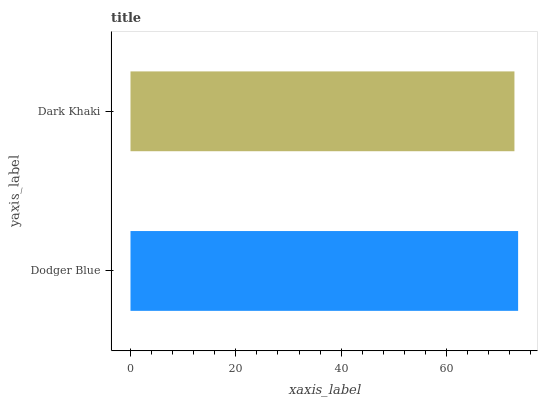
| yaxis_label | bars |
 | --- | --- |
 | Dodger Blue | 73.6 |
 | Dark Khaki | 72.9 |